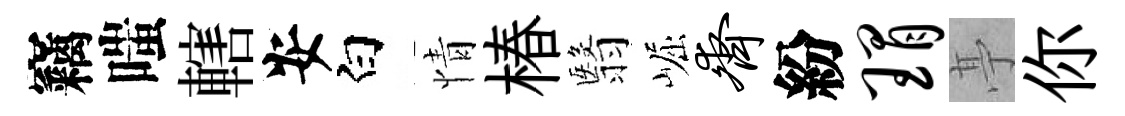
竊嗤轄安白情椿翳崛齐紛瑁𠅘你